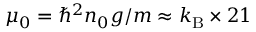
\mu _ { 0 } = \hbar ^ { 2 } n _ { 0 } g / m \approx k _ { \mathrm { B } } \times 2 1